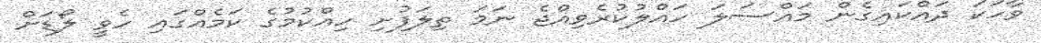
ވާހަކަ ދައްކައިގެން މައްސަލަ ހައްލުކުރެވިއްޖެ ނަމަ ތިލަފުށި ހިއްކުމުގެ ކަމެއްގައި ހެވީ ލޯޑަށް